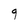
Character: 9